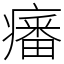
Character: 𤺏